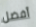
أفضل